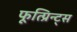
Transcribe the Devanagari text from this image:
फूत्प्रिन्ट्स